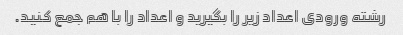
رشته ورودی اعداد زیر را بگیرید و اعداد را با هم جمع کنید.